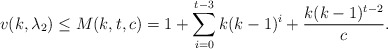
\begin{align*}v(k,\lambda_2) \leq M(k,t,c)=1+\sum_{i=0}^{t-3} k(k-1)^i+ \frac{k(k-1)^{t-2}}{c}. \end{align*}